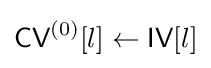
{\textsf {CV}}^{(0)}[l]\leftarrow {\textsf {IV}}[l]